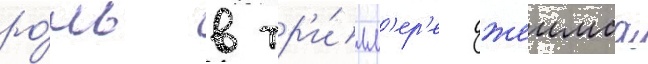
ро́ль в тр'и́лл'ер'е джеимса